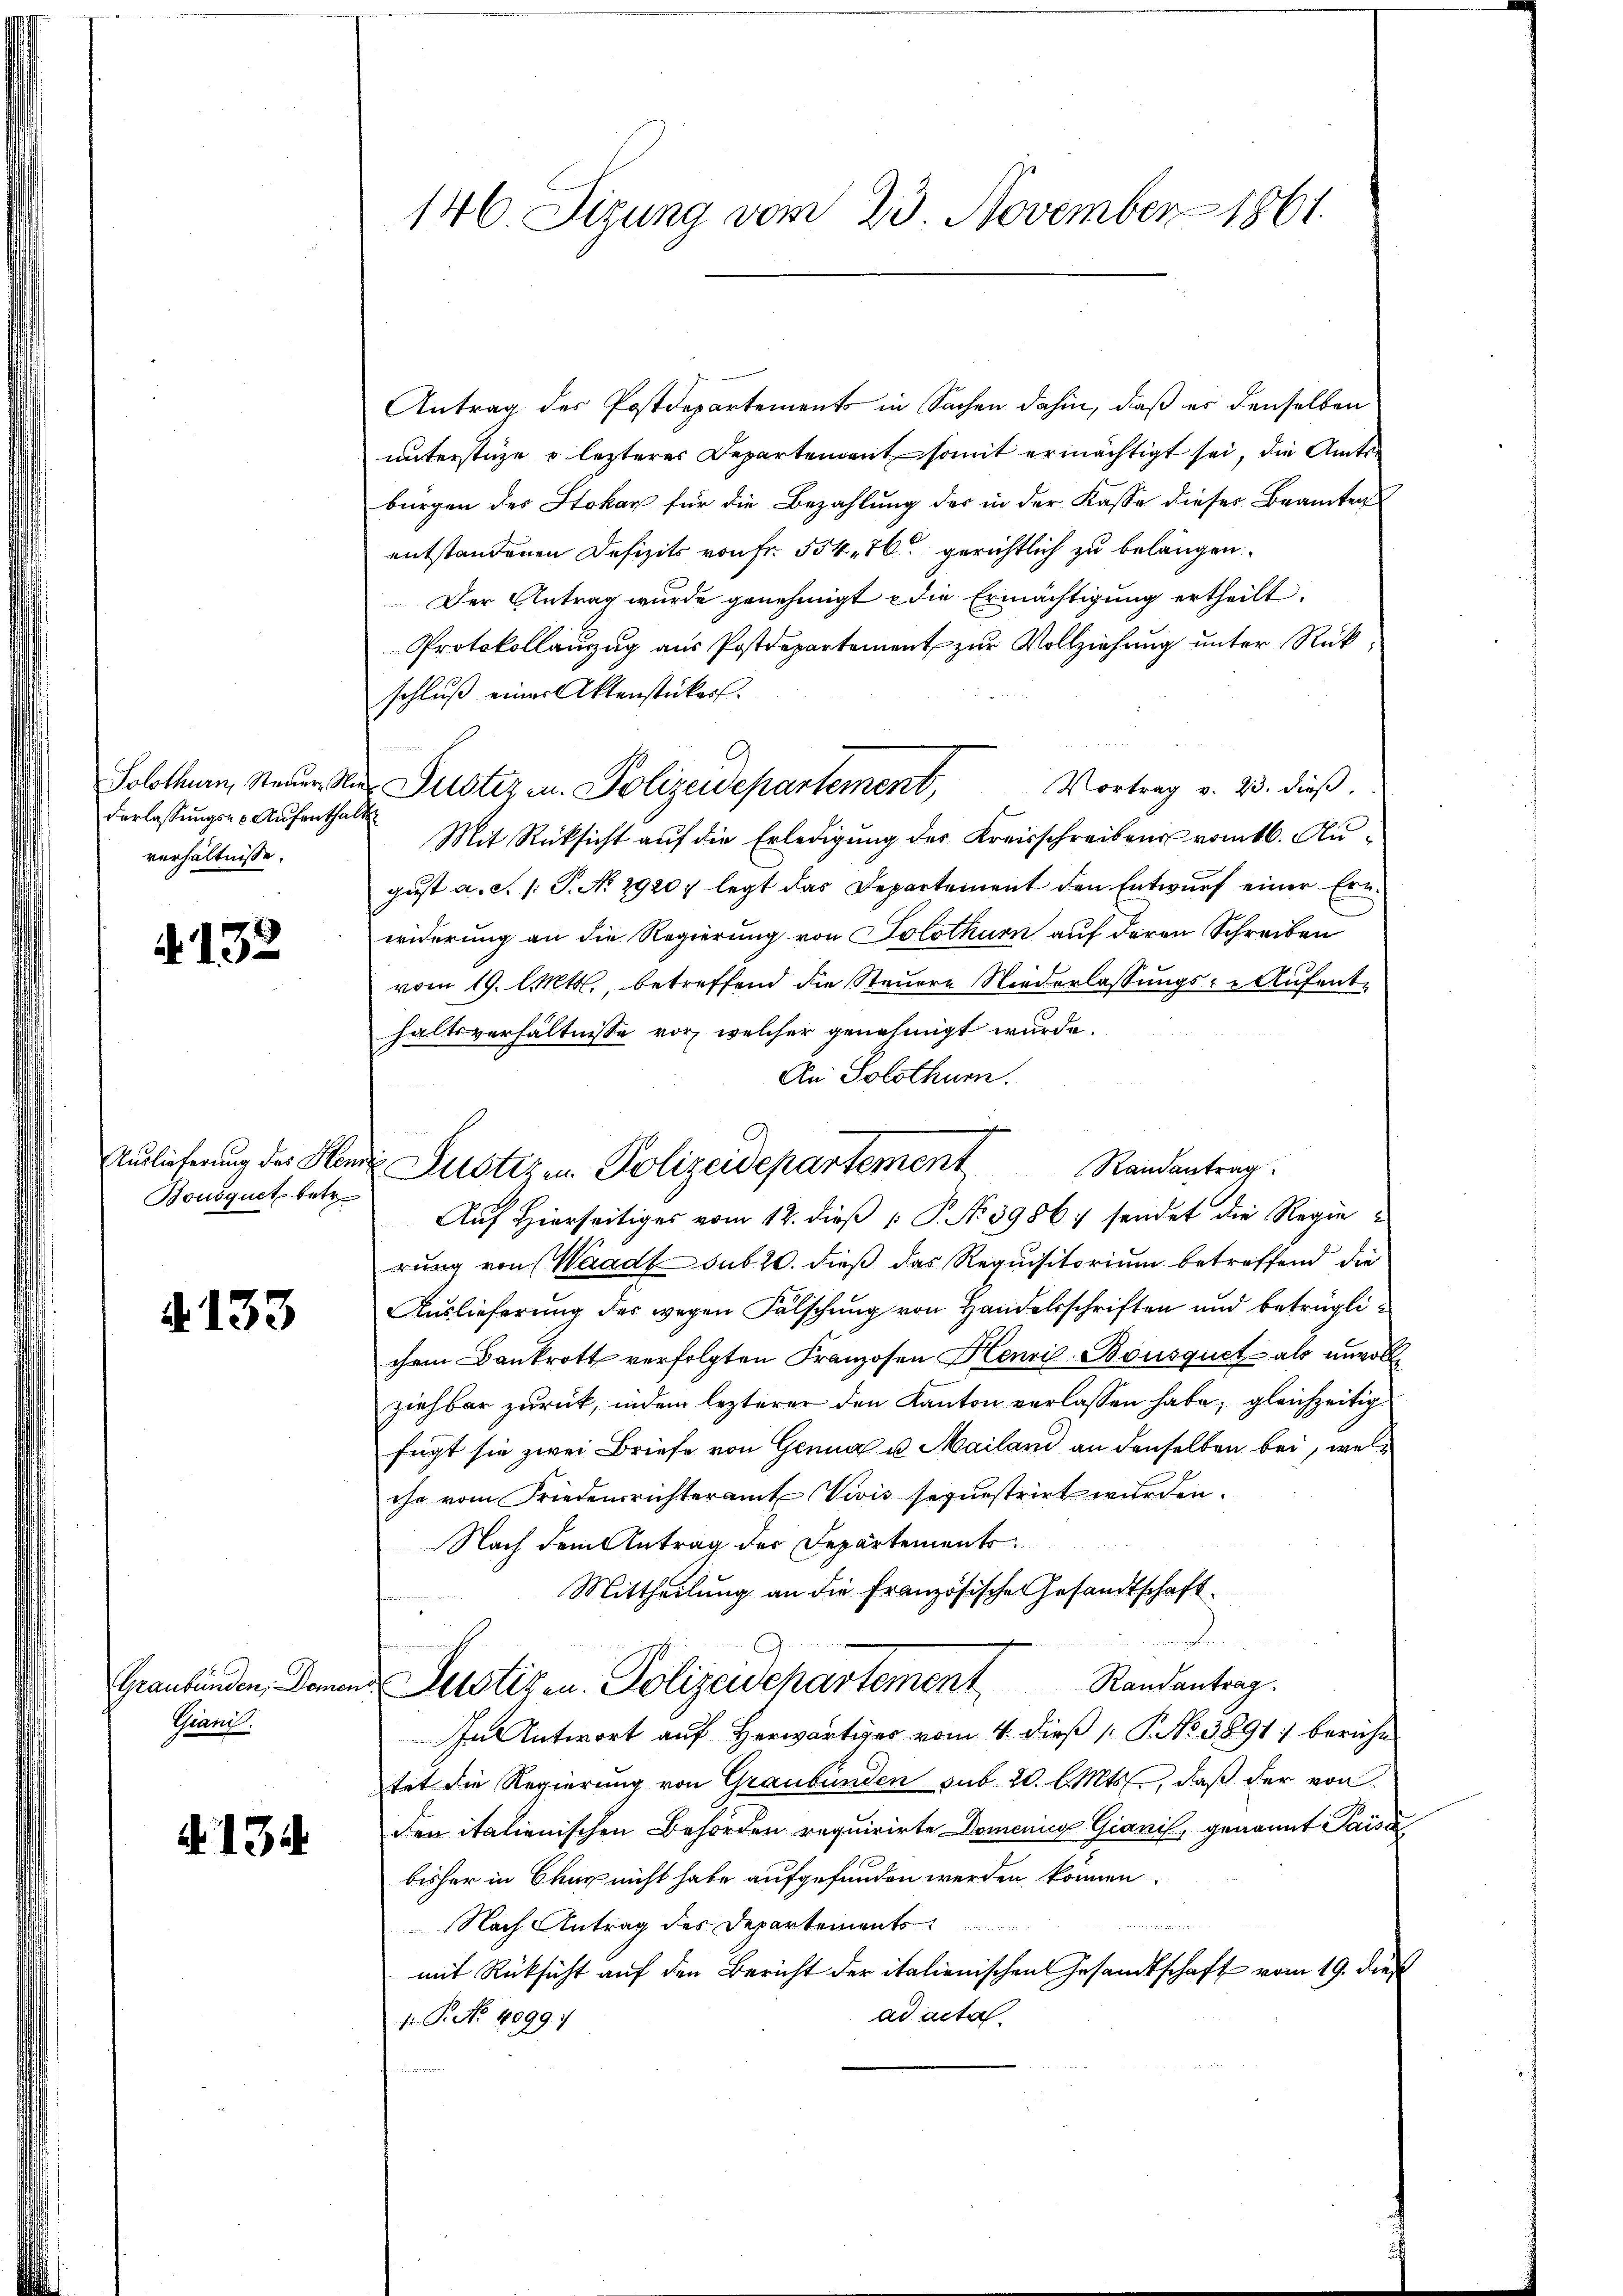
Solothurn, Steuer, Nie
derlassungs- & Aufenthal
verhältnisse.

4132

Auslieferung des Hem
Bousquet betr

4133

Graubünden, Domen
Grand.

A. 134.

146 Sizung vom 23. November 1861.

Antrag des Postdepartements in Sachen dahin, daß er denselben
unterstüze o lezterer Departement somit ermächtigt sei, die Amtsbürgen des Stokar für die Bezahlung des in der Kasse dieses Beamten
entstandenen Defizits von Fr. 554. 76. gerichtlich zu belangen.
Der Antrag wurde genehmigt & die Ermächtigung ertheilt.
Protokollanzug aus Postdepartement zur Vollziehung unter Rückschluß eines Aktenstücker.
Vortrag v. 23. dieβ.
Justiz u. Polizeidepartement,
f
Mit Rücksicht auf die Erledigung des Kreisschreibens vomtl. August a. c. s. S. No 29207 legt das Departement den Entwurf einer Ern
widerung an die Regierung von Solothurn auf deren Schreiben
vom 19. Mts., betreffend die Steuere Niederlassungs-Aufenthaltsverhältnisse vor, welcher genehmigt wurde.
An Solothur.
Raiantrag
Auf Hierseitiges vom 12. dieß P. No. 3986 sendet die Regierung von Waadt sub 20. dieß das Requisitorium betreffend die
Auslieferung der wegen Fälschung von Handelsschriften und beträglichem Dankrott verfolgten Franzosen Henri-Bousquet als unvollziehbar zurück, indem lezterer den Kanton verlassen habe; gleichzeitig
fügt sie zwei Briefe von Genua u. Mailand an denselben bei, welche vom Friedensrichteramt Vivis sequestrirt wurden.
Nach dem Antrag der Departements¬
Mittheilung an die Französische Gesandtschaft.
Den veran
 Justizen. Polizeidchartement Randantrag.
In Antwort auf Herwärtiges vom 4. dieß P. No. 3891) beruhe
tet die Regierung von Graubünden sub. 20. l. Mts., daß der von
den italienischen Behörden requirirte Domenig Gianis, genannt Paisa
bisher in Chur nicht habe aufgefunden werden können
Nach Antrag des Departements
mit Rücksicht auf den Bericht der italienischen Gesandtschaft vom 19. dies
ad acta.
1. P. No 1099.

c
 Justiz in Polizeidepartement